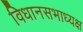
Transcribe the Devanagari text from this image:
विधानसभाध्यक्ष